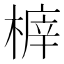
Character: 𣖸